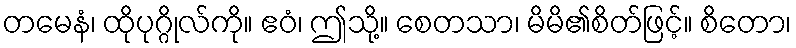
တမေနံ၊ ထိုပုဂ္ဂိုလ်ကို။ ဧဝံ၊ ဤသို့။ စေတသာ၊ မိမိ၏စိတ်ဖြင့်။ စိတော၊